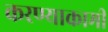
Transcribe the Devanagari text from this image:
करण्याकामी